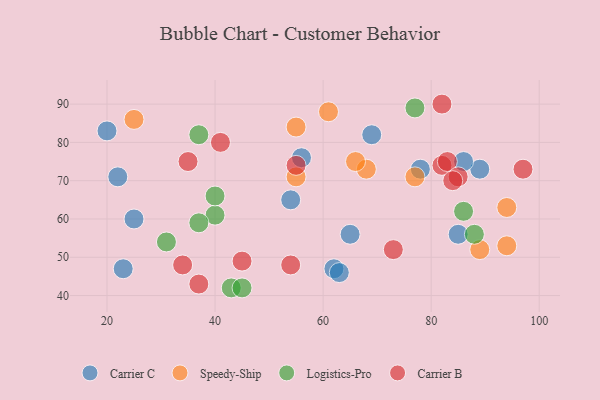
{"axis": {"x": "GDP", "y": "Life Expectancy"}, "legend": ["Carrier B", "Carrier C", "Logistics-Pro", "Speedy-Ship"], "data": [{"x": "56", "y": 76, "type": "Carrier C"}, {"x": "69", "y": 82, "type": "Carrier C"}, {"x": "62", "y": 47, "type": "Carrier C"}, {"x": "23", "y": 47, "type": "Carrier C"}, {"x": "89", "y": 73, "type": "Carrier C"}, {"x": "22", "y": 71, "type": "Carrier C"}, {"x": "65", "y": 56, "type": "Carrier C"}, {"x": "25", "y": 60, "type": "Carrier C"}, {"x": "78", "y": 73, "type": "Carrier C"}, {"x": "20", "y": 83, "type": "Carrier C"}, {"x": "54", "y": 65, "type": "Carrier C"}, {"x": "63", "y": 46, "type": "Carrier C"}, {"x": "85", "y": 56, "type": "Carrier C"}, {"x": "86", "y": 75, "type": "Carrier C"}, {"x": "68", "y": 73, "type": "Speedy-Ship"}, {"x": "66", "y": 75, "type": "Speedy-Ship"}, {"x": "89", "y": 52, "type": "Speedy-Ship"}, {"x": "94", "y": 53, "type": "Speedy-Ship"}, {"x": "94", "y": 63, "type": "Speedy-Ship"}, {"x": "25", "y": 86, "type": "Speedy-Ship"}, {"x": "77", "y": 71, "type": "Speedy-Ship"}, {"x": "55", "y": 71, "type": "Speedy-Ship"}, {"x": "61", "y": 88, "type": "Speedy-Ship"}, {"x": "55", "y": 84, "type": "Speedy-Ship"}, {"x": "43", "y": 42, "type": "Logistics-Pro"}, {"x": "45", "y": 42, "type": "Logistics-Pro"}, {"x": "31", "y": 54, "type": "Logistics-Pro"}, {"x": "86", "y": 62, "type": "Logistics-Pro"}, {"x": "88", "y": 56, "type": "Logistics-Pro"}, {"x": "40", "y": 61, "type": "Logistics-Pro"}, {"x": "40", "y": 66, "type": "Logistics-Pro"}, {"x": "77", "y": 89, "type": "Logistics-Pro"}, {"x": "37", "y": 82, "type": "Logistics-Pro"}, {"x": "37", "y": 59, "type": "Logistics-Pro"}, {"x": "82", "y": 90, "type": "Carrier B"}, {"x": "97", "y": 73, "type": "Carrier B"}, {"x": "82", "y": 74, "type": "Carrier B"}, {"x": "54", "y": 48, "type": "Carrier B"}, {"x": "83", "y": 75, "type": "Carrier B"}, {"x": "85", "y": 71, "type": "Carrier B"}, {"x": "55", "y": 74, "type": "Carrier B"}, {"x": "41", "y": 80, "type": "Carrier B"}, {"x": "84", "y": 70, "type": "Carrier B"}, {"x": "73", "y": 52, "type": "Carrier B"}, {"x": "34", "y": 48, "type": "Carrier B"}, {"x": "37", "y": 43, "type": "Carrier B"}, {"x": "35", "y": 75, "type": "Carrier B"}, {"x": "45", "y": 49, "type": "Carrier B"}]}